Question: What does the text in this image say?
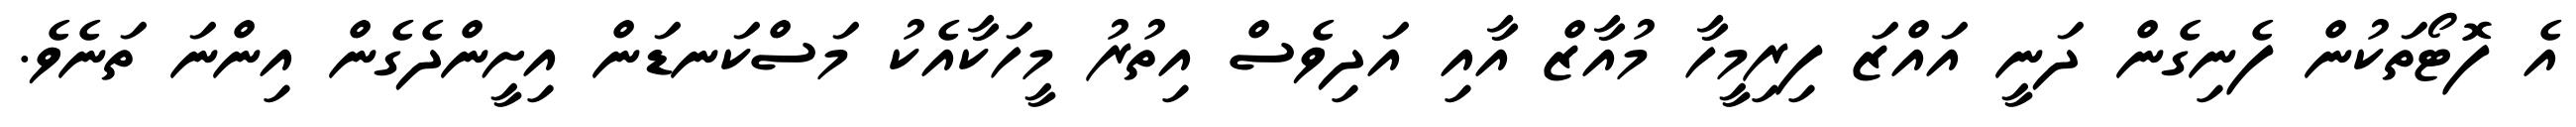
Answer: އެ ފޮޓޯތަކުން ފެނިގެން ދަނީ އައްޒަ ފިރިމީހާ މުއާޒް އާއި އަދިވެސް އިތުރު މީހަކާއެކު މަސްކަނޑަން އިށީންދެގެން އިންނަ ތަނެވެ.